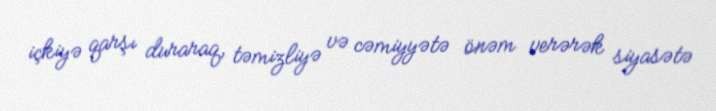
içkiyə qarşı duraraq, təmizliyə və cəmiyyətə önəm verərək siyasətə